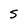
Character: S